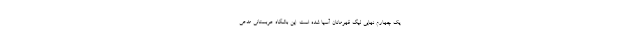
یک چهارم نهایی لیگ قهرمانان آسیا شده است. این باشگاه عربستانی مدعی